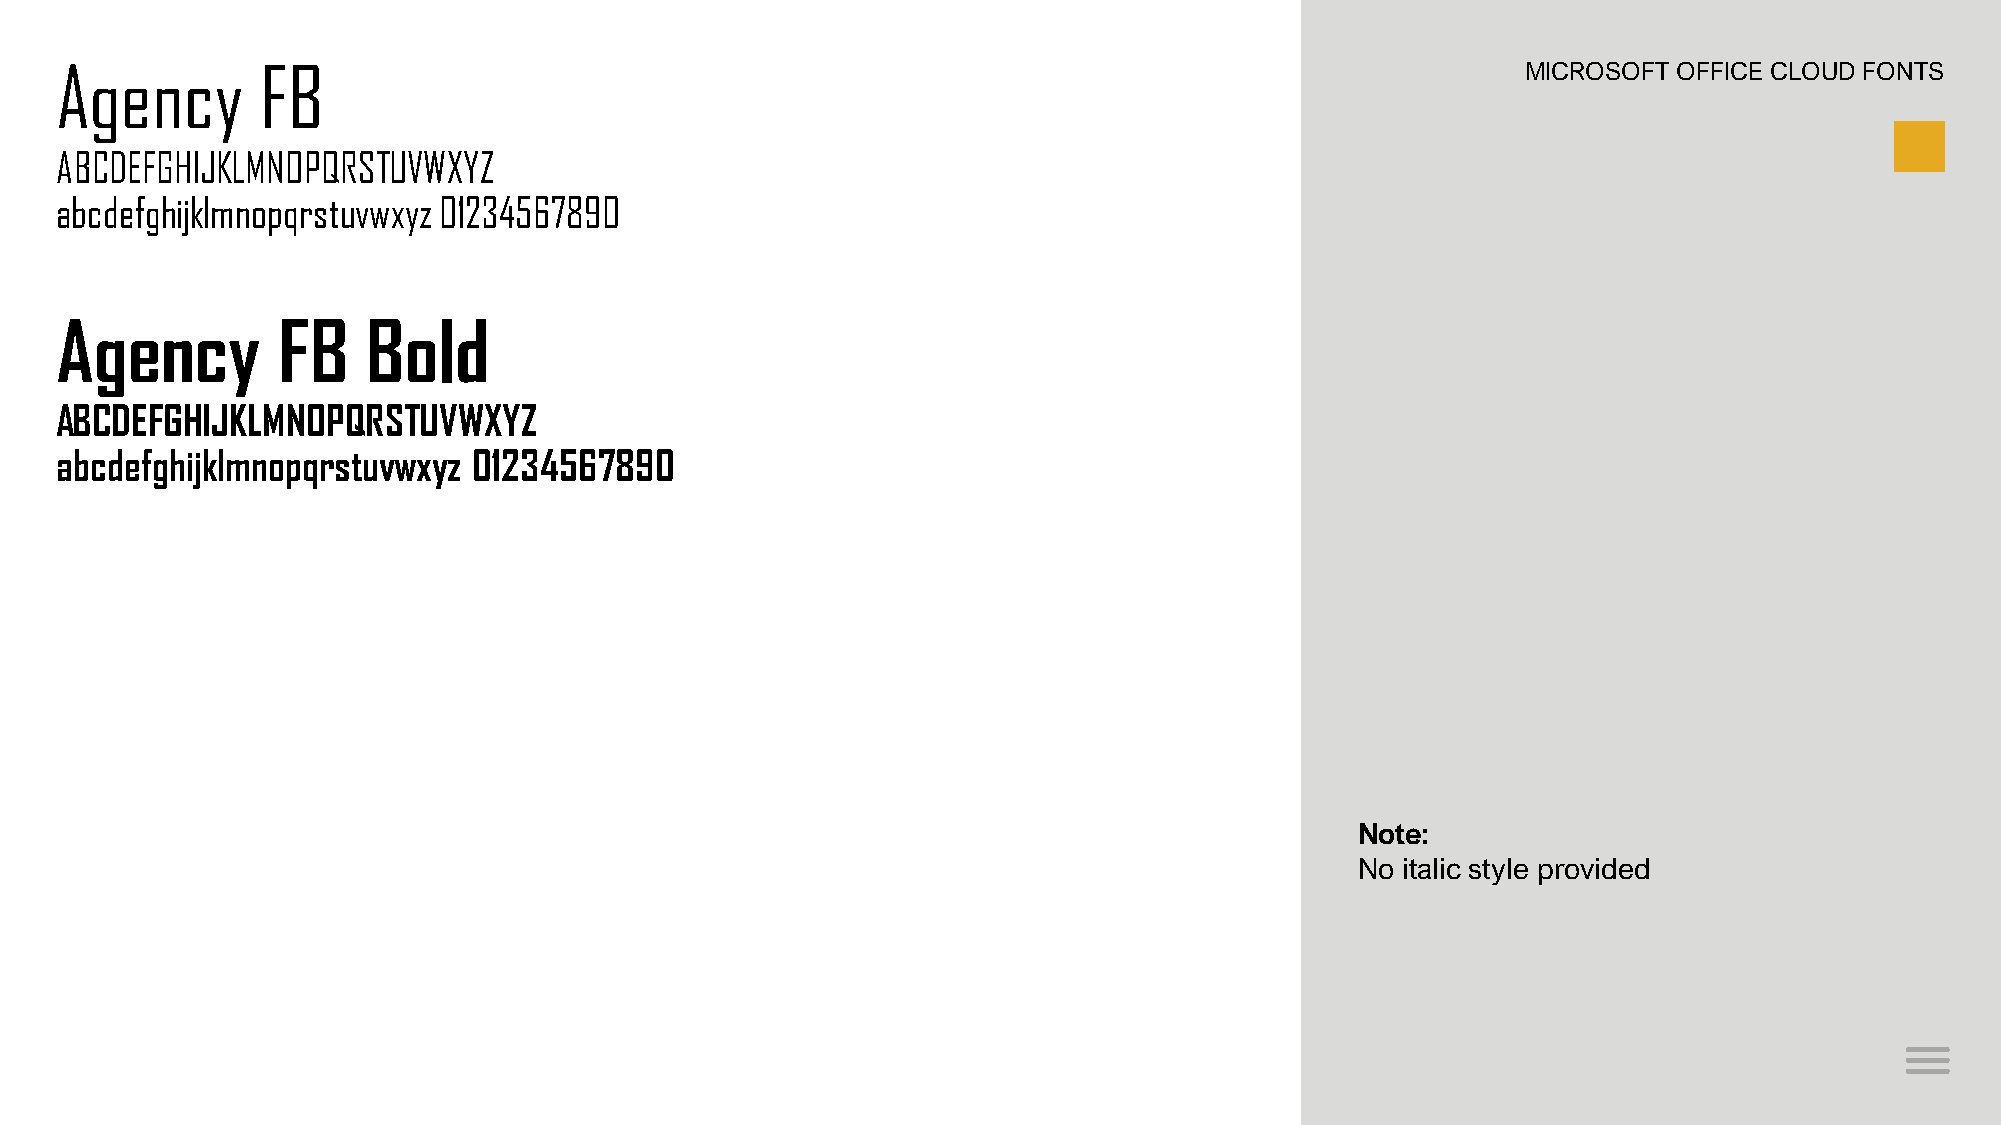
Agency       FB                                                                                  MICROSOFT OFFICE CLOUD FONTS
 ABCDEFGHIJKLMNOPQRSTUVWXYZ
 abcdefghijklmnopqrstuvwxyz 01234567890
 Agency        FB    Bold
 ABCDEFGHIJKLMNOPQRSTUVWXYZ
 abcdefghijklmnopqrstuvwxyz 01234567890
 Note:
 No italic style provided